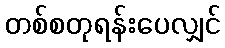
တစ်စတုရန်းပေလျှင်